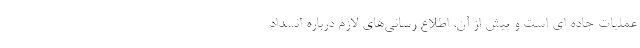
عملیات جاده ای است و پیش از آن، اطلاع رسانی‌های لازم درباره انسداد